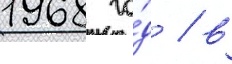
1968 го́д / в